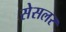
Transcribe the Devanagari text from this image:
सेसलर